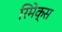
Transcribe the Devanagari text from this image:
रिमेक्स